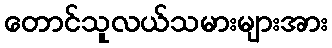
တောင်သူလယ်သမားများအား